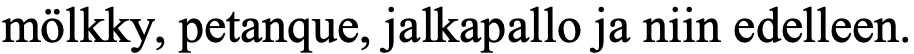
mölkky, petanque, jalkapallo ja niin edelleen.